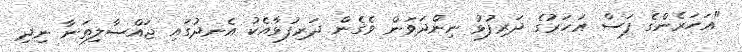
"އަހަރެންގެ ފަސް އަހަރުގެ ދަރިފުޅު ނިންދަވަން ވެގެން ދަރިފުޅާއެކު އެނދުގައި ޖައްސާލިތަނާ ނިދި